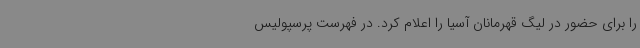
را برای حضور در لیگ قهرمانان آسیا را اعلام کرد. در فهرست پرسپولیس‌